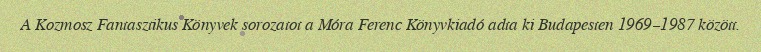
A Kozmosz Fantasztikus Könyvek sorozatot a Móra Ferenc Könyvkiadó adta ki Budapesten 1969–1987 között.